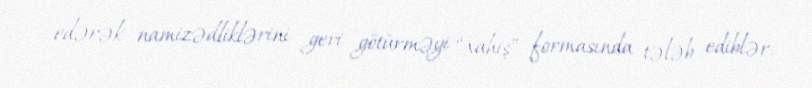
edərək namizədliklərini geri götürməyi “xahiş” formasında tələb ediblər.